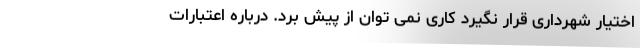
اختیار شهرداری قرار نگیرد کاری نمی توان از پیش برد. درباره اعتبارات